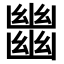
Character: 𢇕